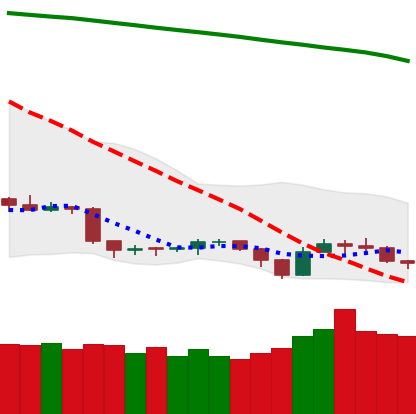
Ticker: TRX-USD
Chart end date: 2019-09-12
Forward return: 12.924%
Label: up_7plus